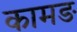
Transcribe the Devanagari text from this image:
कामङ